255_413270_UFO's_and_Defense_What_Should_we_Prepare_For
Agency: NASA
Page 76
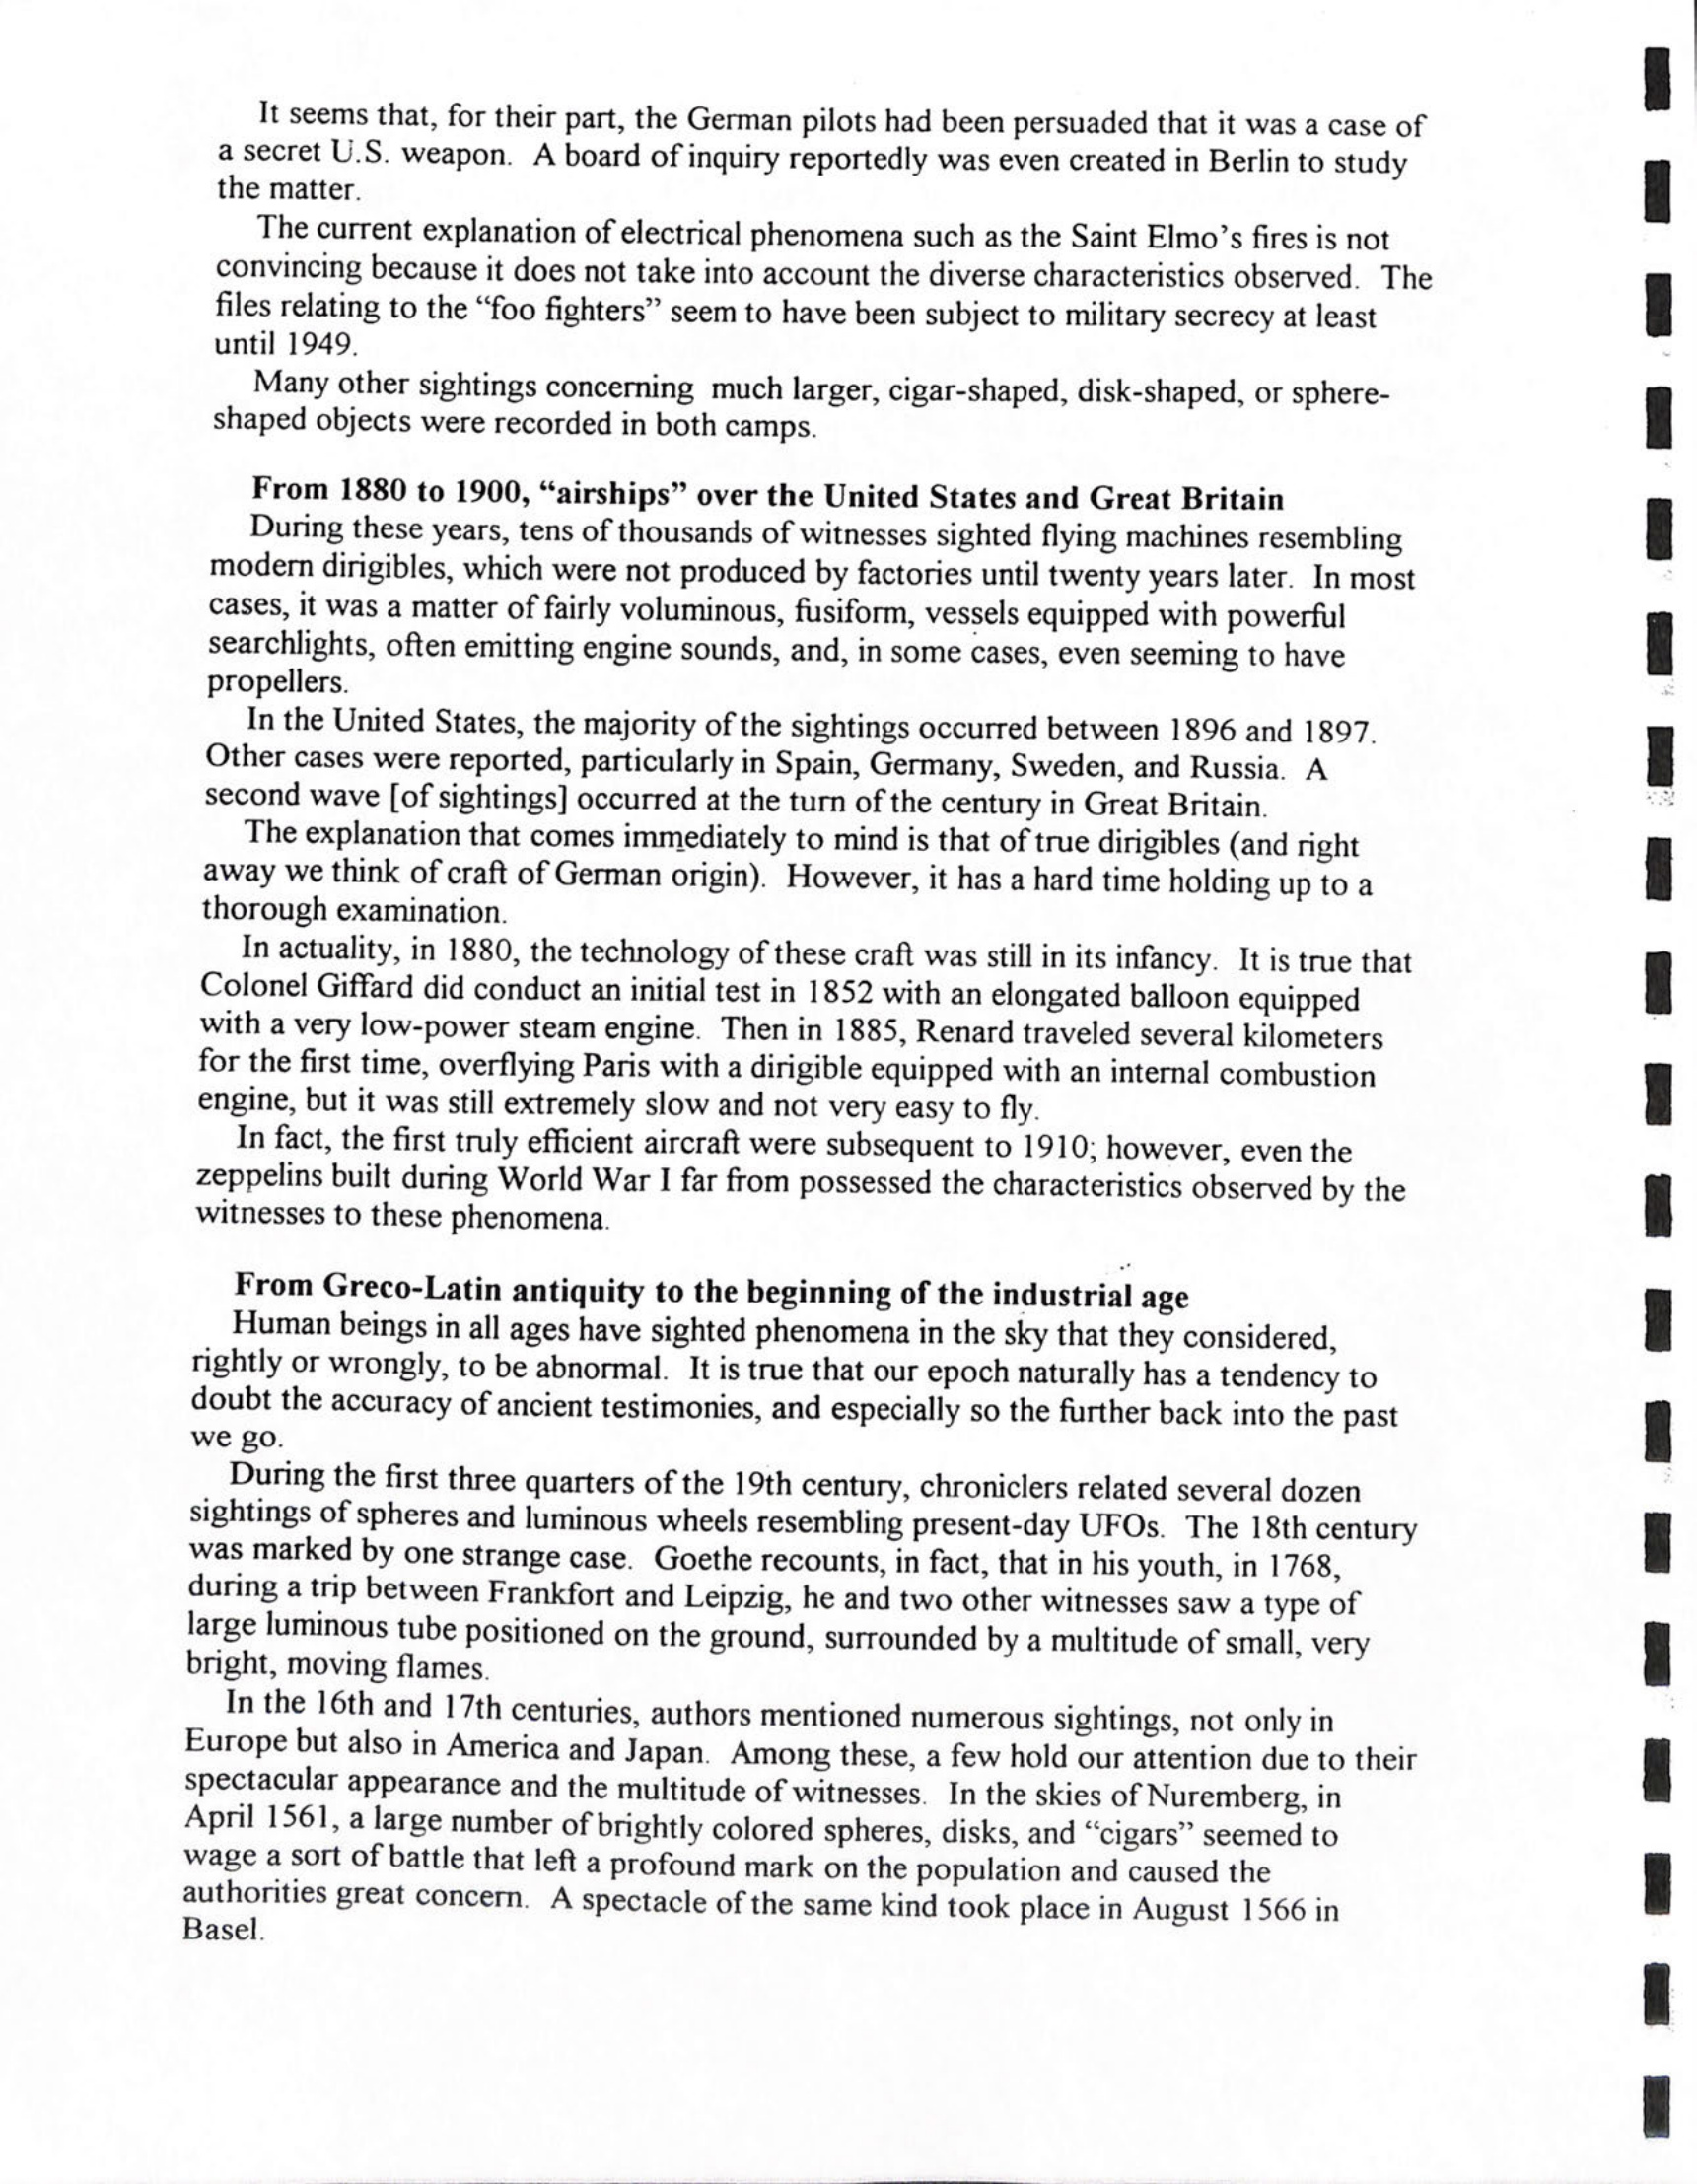